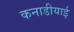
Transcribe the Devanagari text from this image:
कनाडीयाई